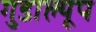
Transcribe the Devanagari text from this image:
गुडाल्यूप